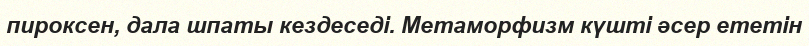
пироксен, дала шпаты кездеседі. Метаморфизм күшті әсер ететін